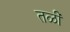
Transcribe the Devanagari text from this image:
तळीं